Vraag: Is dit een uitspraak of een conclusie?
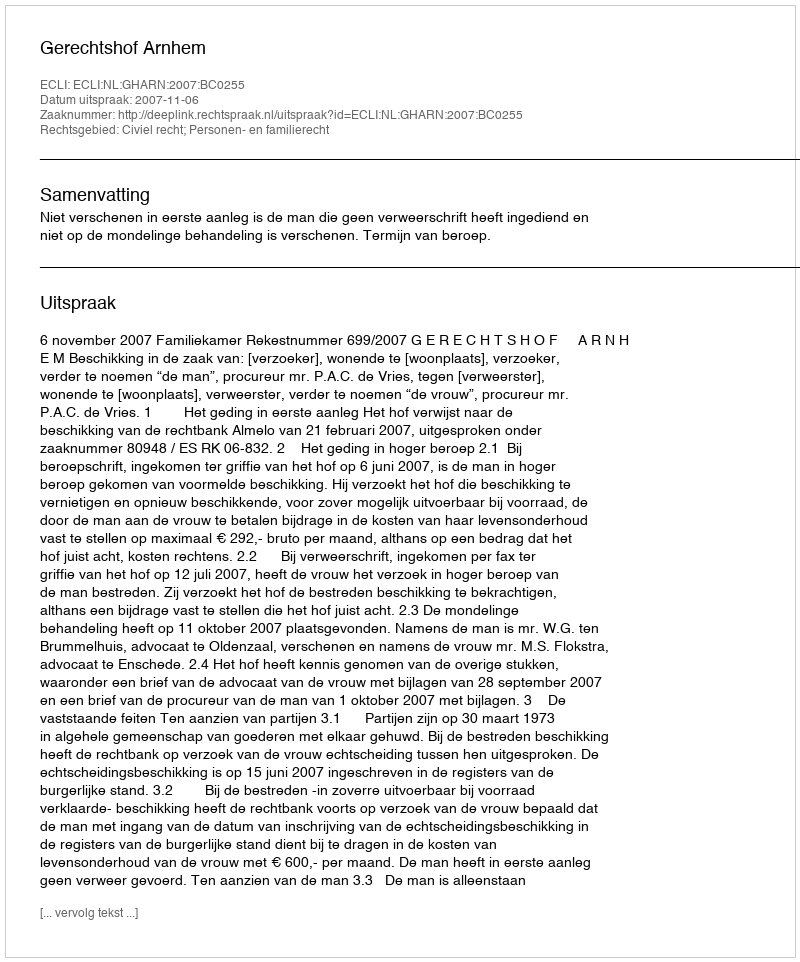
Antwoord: Uitspraak